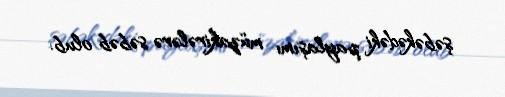
şəbəkədəki paylaşımı müzakirələrə səbəb olub.